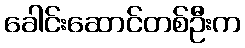
ခေါင်းဆောင်တစ်ဦးက